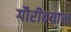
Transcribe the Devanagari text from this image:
गौरीदयाल